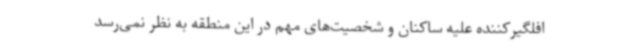
افلگیرکننده علیه ساکنان و شخصیت‌های مهم در این منطقه به نظر نمی‌رسد